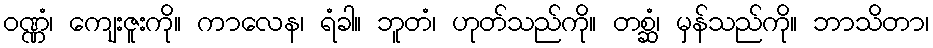
ဝဏ္ဏံ၊ ကျေးဇူးကို။ ကာလေန၊ ရံခါ။ ဘူတံ၊ ဟုတ်သည်ကို။ တစ္ဆံ၊ မှန်သည်ကို။ ဘာသိတာ၊